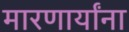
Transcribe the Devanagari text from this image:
मारणार्यांना